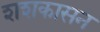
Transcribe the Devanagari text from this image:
शशकासन